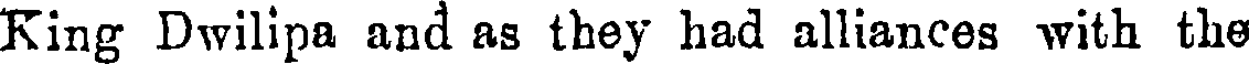
King Dwilipa and as they had alliances with the